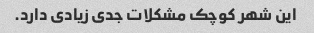
این شهر کوچک مشکلات جدی زیادی دارد.